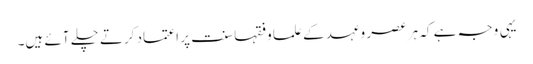
یہی وجہ ہے کہ ہر عصر وعہد کے علما وفقہا سنت پر اعتماد کرتے چلے آئے ہیں۔